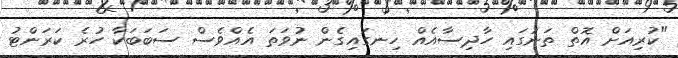
"ކުރިއަށް އޮތް ތަނުގައި ހާދިސާއެއް ހިނގައިގެން ނުވަތަ އެއްވެސް ސަބަބަކާ ހުރެ ކަރަންޓު